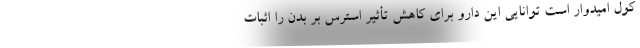
کول امیدوار است توانایی این دارو برای کاهش تأثیر استرس بر بدن را اثبات